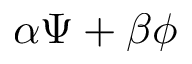
\alpha \Psi + \beta \phi